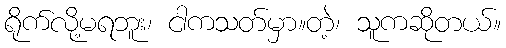
ရိုက်လို့မရဘူး၊ ငါကသတ်မှာ။တဲ့၊ သူကဆိုတယ်။